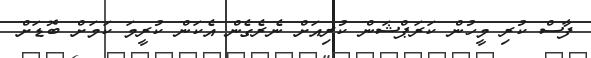
ފާސް ކުރި މީހުން ކަރަޕްޝަން ކުރިއަށް ނެރެގެން އެކަން ކުރީމަ ކަމަށް ބޮޑަށް